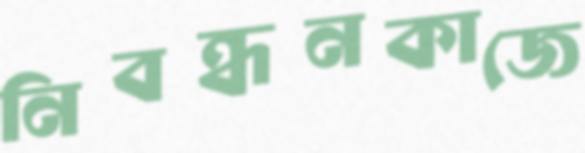
নিবন্ধনকাজে